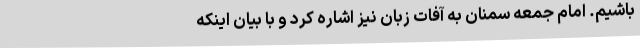
باشیم. امام جمعه سمنان به آفات زبان نیز اشاره کرد و با بیان اینکه